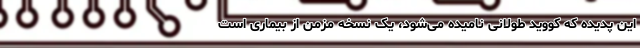
این پدیده که کووید طولانی نامیده می‌شود، یک نسخه مزمن از بیماری است